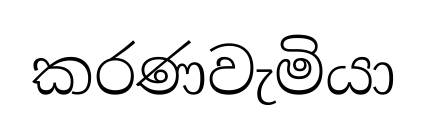
කරණවැමියා